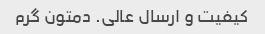
کیفیت و ارسال عالی. دمتون گرم